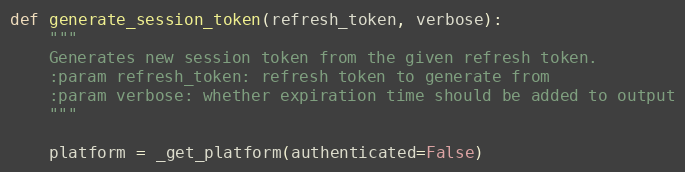
Language: Python
def generate_session_token(refresh_token, verbose):
    """
    Generates new session token from the given refresh token.
    :param refresh_token: refresh token to generate from
    :param verbose: whether expiration time should be added to output
    """

    platform = _get_platform(authenticated=False)